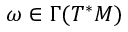
\omega \in \Gamma ( T ^ { * } M )